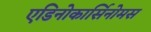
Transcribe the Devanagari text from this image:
एडिनोकार्सिनोमस